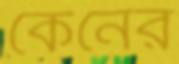
কেনের